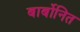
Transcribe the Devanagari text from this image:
बार्बोनित